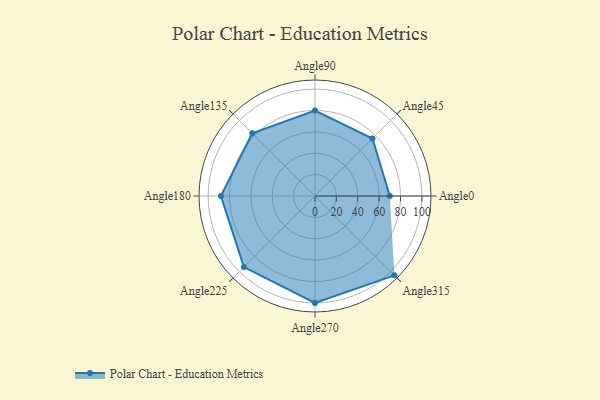
{"axis": {"x": "Angle", "y": "Radius"}, "legend": [""], "data": [{"x": "Angle0", "y": 70.0, "type": ""}, {"x": "Angle45", "y": 76.0, "type": ""}, {"x": "Angle90", "y": 80.0, "type": ""}, {"x": "Angle135", "y": 83.0, "type": ""}, {"x": "Angle180", "y": 88.0, "type": ""}, {"x": "Angle225", "y": 94.0, "type": ""}, {"x": "Angle270", "y": 100.0, "type": ""}, {"x": "Angle315", "y": 105.0, "type": ""}]}